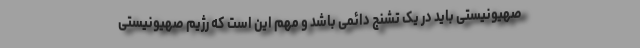
صهیونیستی باید در یک تشنج دائمی باشد و مهم این است که رژیم صهیونیستی